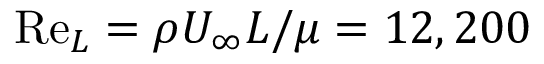
\mathrm { R e } _ { L } = \rho U _ { \infty } L / \mu = 1 2 , 2 0 0